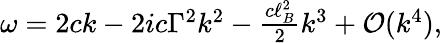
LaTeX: \begin{array}{r}{\omega=2ck-2ic\Gamma^{2}k^{2}-\frac{c\ell_{B}^{2}}{2}k^{3}+\mathcal{O}(k^{4}),}\end{array}